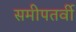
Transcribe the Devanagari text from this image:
समीपतर्वी